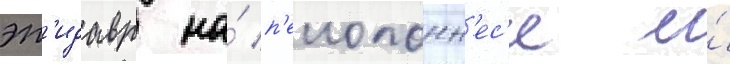
эп'идавр на́ п'елопонн'ес'е и́